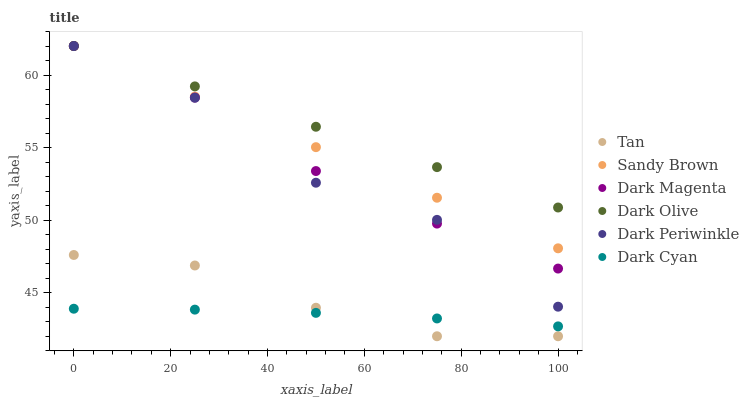
| xaxis_label | Tan | Sandy Brown | Dark Magenta | Dark Olive | Dark Periwinkle | Dark Cyan |
 | --- | --- | --- | --- | --- | --- | --- |
 | 0 | 47.6 | 62 | 62 | 62 | 62 | 43.9 |
 | 25 | 46.9 | 58.5 | 58.4 | 59.2 | 58.4 | 43.8 |
 | 50 | 44 | 55 | 53.4 | 56.4 | 52.6 | 43.6 |
 | 75 | 42 | 51.5 | 49.8 | 53.7 | 50 | 43.2 |
 | 100 | 42 | 48.1 | 46.7 | 50.9 | 44 | 42.7 |